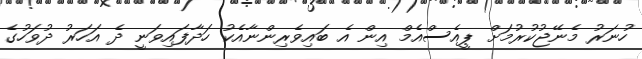
ހުނަރު މެނޭޖުކުރުމަށް ޕީއެސްއެމް އިން އެ ބައިވެރިންނާއެކު ހަދާފައިވަނީ ދެ އަހަރު ދުވަހުގެ